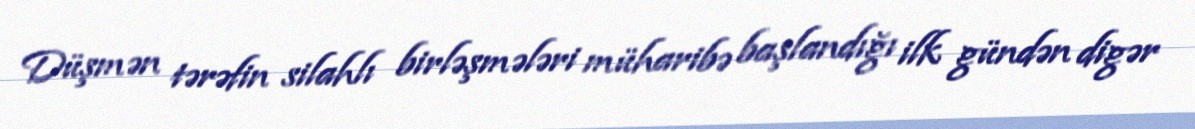
Düşmən tərəfin silahlı birləşmələri müharibə başlandığı ilk gündən digər